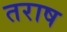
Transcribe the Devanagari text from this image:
तराष